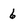
Character: 6